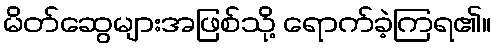
မိတ်ဆွေများအဖြစ်သို့ ရောက်ခဲ့ကြရ၏။